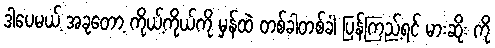
ဒါပေမယ့် အခုတော့ ကိုယ့်ကိုယ်ကို မှန်ထဲ တစ်ခါတစ်ခါ ပြန်ကြည့်ရင် မားဆိုး ကို